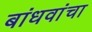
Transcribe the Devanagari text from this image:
बांधवांचा